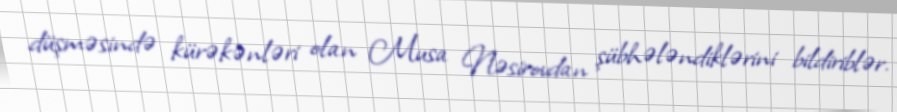
düşməsində kürəkənləri olan Musa Nəsirovdan şübhələndiklərini bildiriblər.